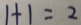
1 + 1 = 2